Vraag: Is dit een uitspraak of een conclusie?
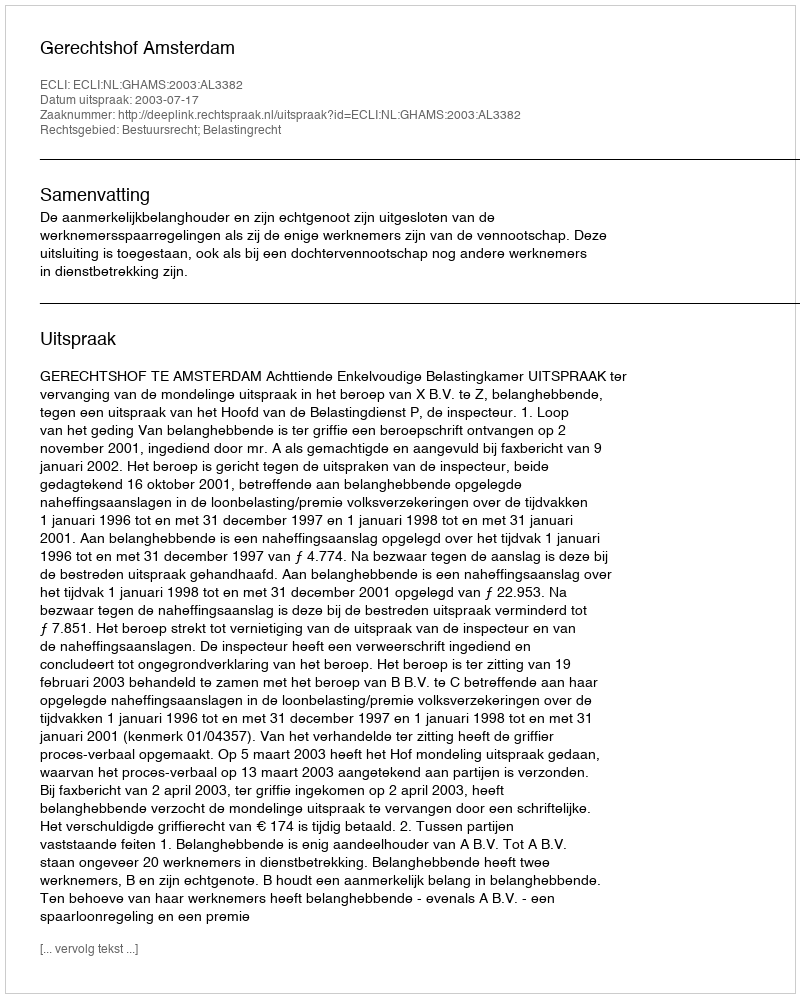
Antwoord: Uitspraak